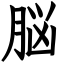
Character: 脳